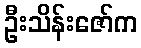
ဦးသိန်းဇော်က